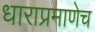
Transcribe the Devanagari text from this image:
धाराप्रमाणेच